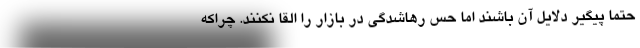
حتما پیگیر دلایل آن باشند اما حس رهاشدگی در بازار را القا نکنند. چراکه